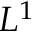
L ^ { 1 }